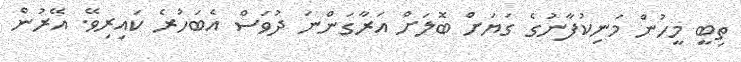
ތިބީ މީހުން މަނިކުފާނުުގެ ގަޔަށް ބޮލަށް އަރާގަންނަ ދުވަސް އެބަހުރެ ކައިރިވޭ. އޭރުން